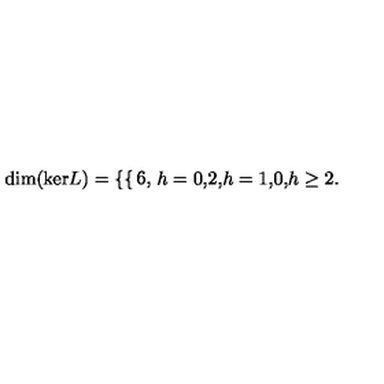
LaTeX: \mathrm { d i m ( k e r } L ) = \left\{ \begin{cases} { 6 , } & { h = 0 , } \\ { 2 , } & { h = 1 , } \\ { 0 , } & { h \ge 2 . } \\ \end{cases} \right.